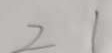
2 1